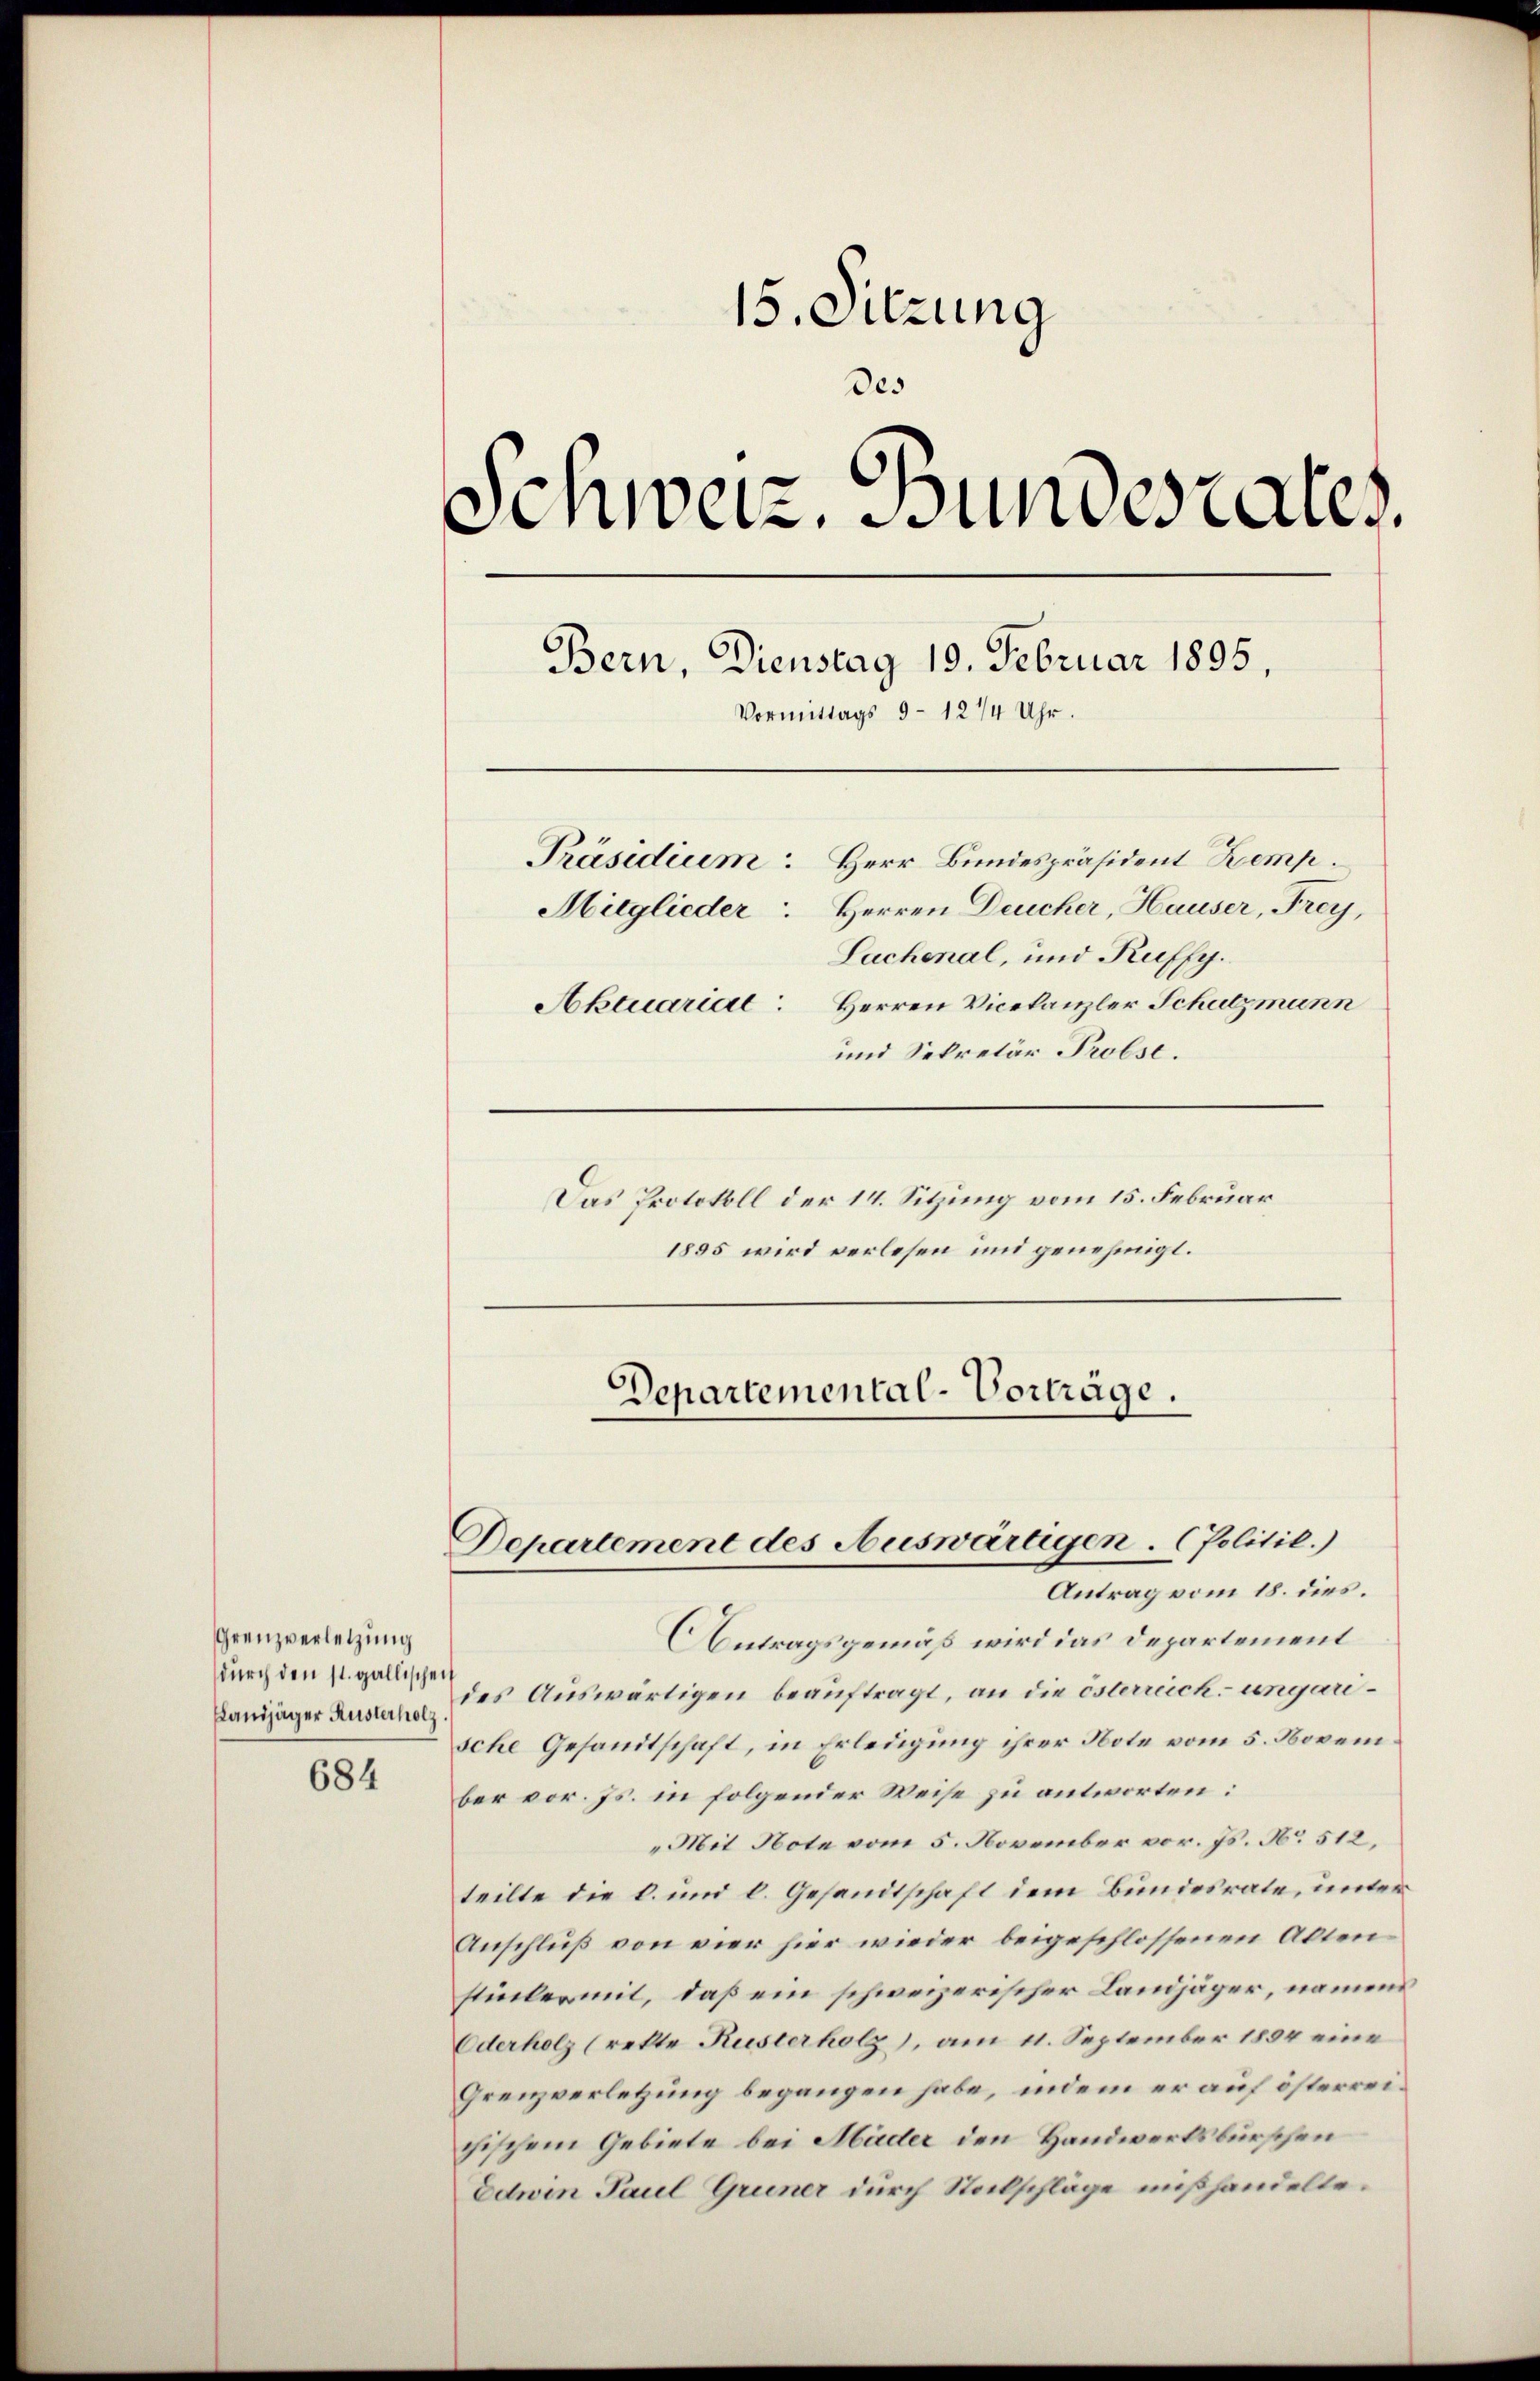
Grenzverletzung
durch den st. gallischen
Landjäger Kusterholz

684

15. Sitzung
des
Schweiz. Bundesrates.
Bern, Dienstag 19. Februar 1895,
Vormittags 9 - 12/4 Uhr.
Präsidium: Herr Bundespräsident Kemp
Mitglieder Herren Deucher, Hauser, Frey,
Lachenal, und Kuffy.
Herren Vicekanzler Schutzmann
Aktuarial

und Sekretär Probst.
Das Protokoll der 14. Sitzung vom 15. Februar
1895 wird verlesen und genehmigt.

Departemental-Vorträge.

Departement des Auswärtigen. (Politil.)

Antrag vom 18. dies.
Antragsgemäß wird das Departement
des Auswärtigen beauftragt, an die Österreich ungarische Gesandtschaft, in Erledigung ihrer Note vom 5. November vor. Js. in folgender Weise zu antworten:
„Mit Note vom 5. November vor. Js. No 512,
teilte die b. und l. Gesandtschaft dem Bundesrate, unter
Anschluß von vier hier wieder beigeschlossenen Akten
stintermit, daß ein schweizerischer Landjäger, namens
Oderholz (rekte Kusterholz, am 11. September 1894 eine
Grenzverletzung begangen habe, indem er auf österreichischem Gebiete bei Mäder den Handwerksburschen
Edwin Paul Gruner durch Stelschläge mißhandelte.